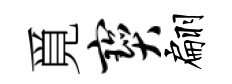
覓宝翩